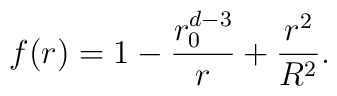
f(r)=1-\frac{r_{0}^{d-3}}{r}+\frac{r^{2}}{R^{2}}.